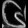
Digit: ၆